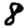
Digit: 8